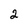
Character: 2